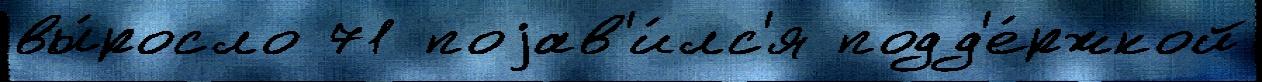
вы́росло 71 поjав'и́лс'я подд'е́ржкой